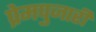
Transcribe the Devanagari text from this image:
प्रेमपुजारी